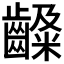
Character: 𪙙